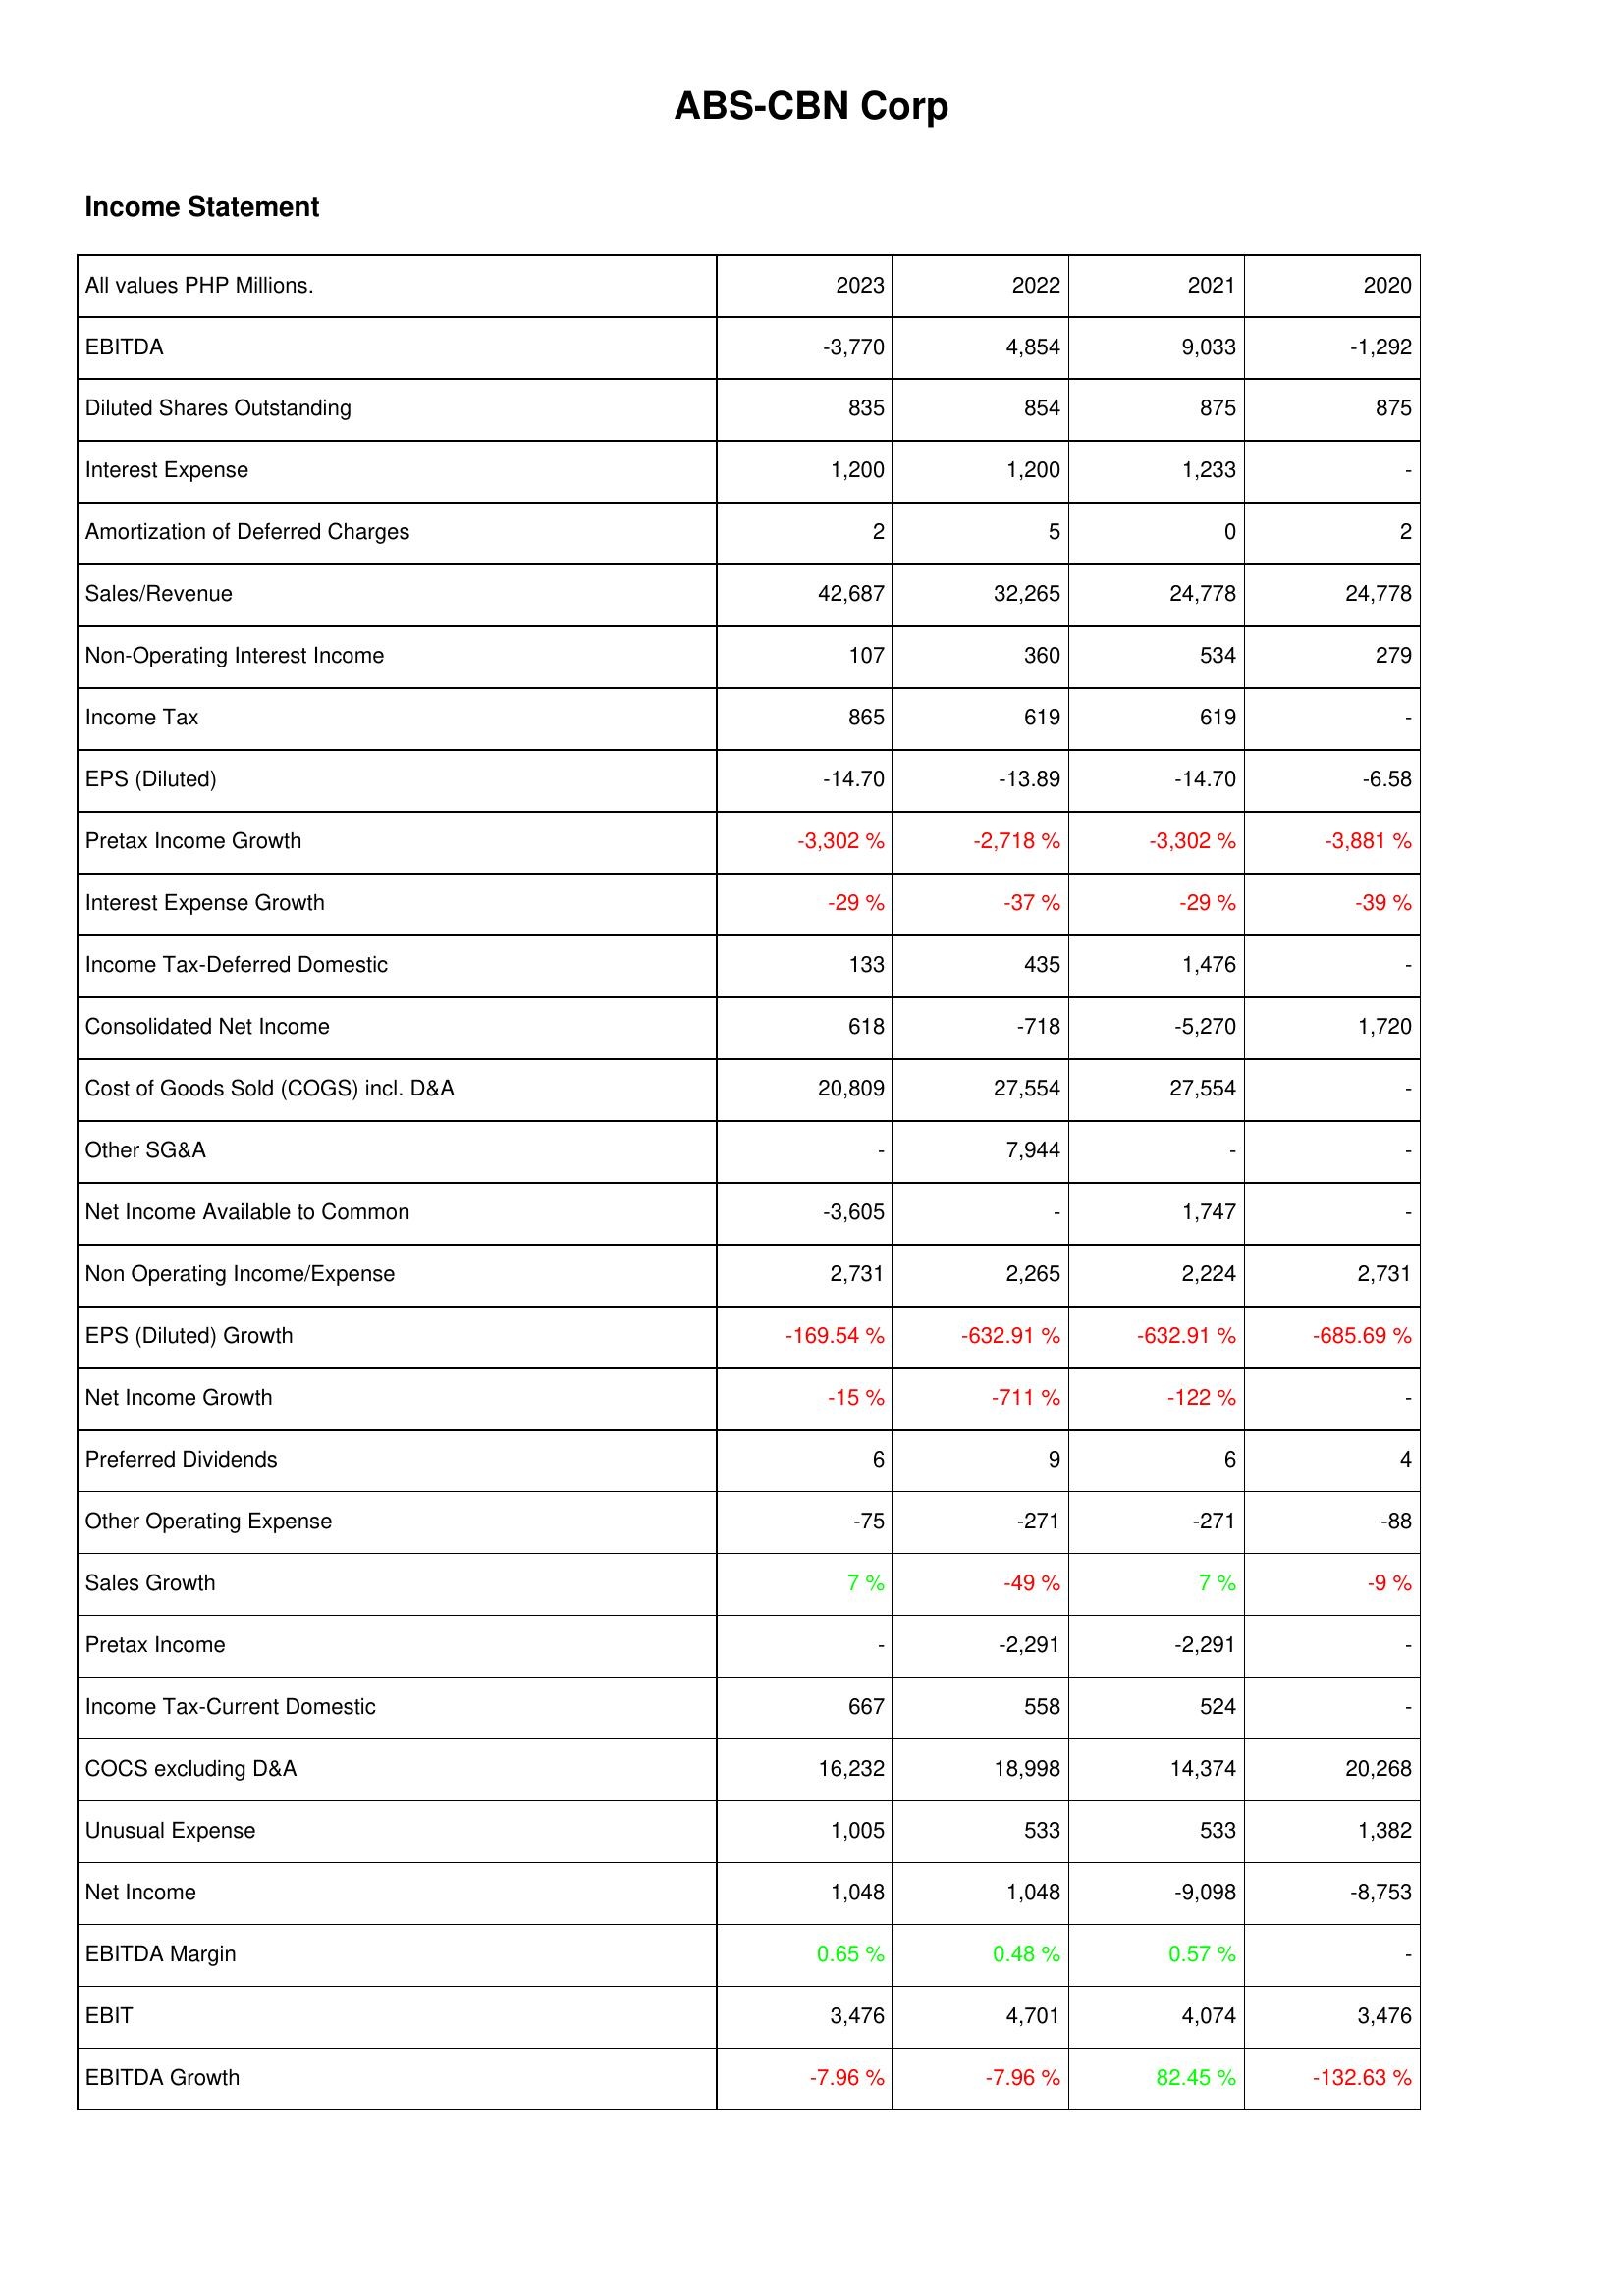
2023: Income Statement: EBITDA: -3,770
Diluted Shares Outstanding: 835
Interest Expense: 1,200
Amortization of Deferred Charges: 2
Sales/Revenue: 42,687
Non-Operating Interest Income: 107
Income Tax: 865
EPS (Diluted): -14.70
Pretax Income Growth: -3,302 %
Interest Expense Growth: -29 %
Income Tax-Deferred Domestic: 133
Consolidated Net Income: 618
Cost of Goods Sold (COGS) incl. D&A: 20,809
Other SG&A: -
Net Income Available to Common: -3,605
Non Operating Income/Expense: 2,731
EPS (Diluted) Growth: -169.54 %
Net Income Growth: -15 %
Preferred Dividends: 6
Other Operating Expense: -75
Sales Growth: 7 %
Pretax Income: -
Income Tax-Current Domestic: 667
COCS excluding D&A: 16,232
Unusual Expense: 1,005
Net Income: 1,048
EBITDA Margin: 0.65 %
EBIT: 3,476
EBITDA Growth: -7.96 %
2022: Income Statement: EBITDA: 4,854
Diluted Shares Outstanding: 854
Interest Expense: 1,200
Amortization of Deferred Charges: 5
Sales/Revenue: 32,265
Non-Operating Interest Income: 360
Income Tax: 619
EPS (Diluted): -13.89
Pretax Income Growth: -2,718 %
Interest Expense Growth: -37 %
Income Tax-Deferred Domestic: 435
Consolidated Net Income: -718
Cost of Goods Sold (COGS) incl. D&A: 27,554
Other SG&A: 7,944
Net Income Available to Common: -
Non Operating Income/Expense: 2,265
EPS (Diluted) Growth: -632.91 %
Net Income Growth: -711 %
Preferred Dividends: 9
Other Operating Expense: -271
Sales Growth: -49 %
Pretax Income: -2,291
Income Tax-Current Domestic: 558
COCS excluding D&A: 18,998
Unusual Expense: 533
Net Income: 1,048
EBITDA Margin: 0.48 %
EBIT: 4,701
EBITDA Growth: -7.96 %
2021: Income Statement: EBITDA: 9,033
Diluted Shares Outstanding: 875
Interest Expense: 1,233
Amortization of Deferred Charges: 0
Sales/Revenue: 24,778
Non-Operating Interest Income: 534
Income Tax: 619
EPS (Diluted): -14.70
Pretax Income Growth: -3,302 %
Interest Expense Growth: -29 %
Income Tax-Deferred Domestic: 1,476
Consolidated Net Income: -5,270
Cost of Goods Sold (COGS) incl. D&A: 27,554
Other SG&A: -
Net Income Available to Common: 1,747
Non Operating Income/Expense: 2,224
EPS (Diluted) Growth: -632.91 %
Net Income Growth: -122 %
Preferred Dividends: 6
Other Operating Expense: -271
Sales Growth: 7 %
Pretax Income: -2,291
Income Tax-Current Domestic: 524
COCS excluding D&A: 14,374
Unusual Expense: 533
Net Income: -9,098
EBITDA Margin: 0.57 %
EBIT: 4,074
EBITDA Growth: 82.45 %
2020: Income Statement: EBITDA: -1,292
Diluted Shares Outstanding: 875
Interest Expense: -
Amortization of Deferred Charges: 2
Sales/Revenue: 24,778
Non-Operating Interest Income: 279
Income Tax: -
EPS (Diluted): -6.58
Pretax Income Growth: -3,881 %
Interest Expense Growth: -39 %
Income Tax-Deferred Domestic: -
Consolidated Net Income: 1,720
Cost of Goods Sold (COGS) incl. D&A: -
Other SG&A: -
Net Income Available to Common: -
Non Operating Income/Expense: 2,731
EPS (Diluted) Growth: -685.69 %
Net Income Growth: -
Preferred Dividends: 4
Other Operating Expense: -88
Sales Growth: -9 %
Pretax Income: -
Income Tax-Current Domestic: -
COCS excluding D&A: 20,268
Unusual Expense: 1,382
Net Income: -8,753
EBITDA Margin: -
EBIT: 3,476
EBITDA Growth: -132.63 %